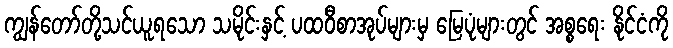
ကျွန်တော်တို့သင်ယူရသော သမိုင်းနှင့် ပထဝီစာအုပ်များမှ မြေပုံများတွင် အစ္စရေး နိုင်ငံကို